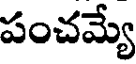
పంచమ్యే